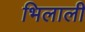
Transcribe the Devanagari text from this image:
भिलाली